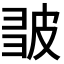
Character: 𭽪